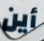
أين